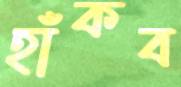
হাঁকব